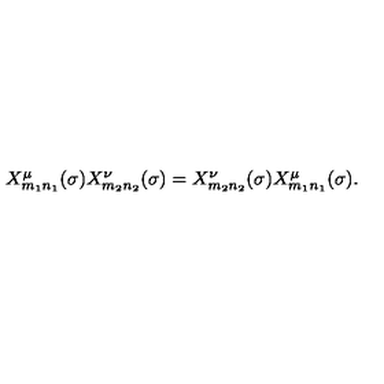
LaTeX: \begin{array} { l c r } { X _ { m _ { 1 } n _ { 1 } } ^ { \mu } ( \sigma ) X _ { m _ { 2 } n _ { 2 } } ^ { \nu } ( \sigma ) = X _ { m _ { 2 } n _ { 2 } } ^ { \nu } ( \sigma ) X _ { m _ { 1 } n _ { 1 } } ^ { \mu } ( \sigma ) . } \\ \end{array}